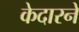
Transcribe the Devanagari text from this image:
केदारने